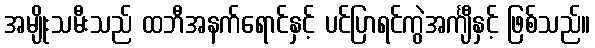
အမျိုးသမီးသည် ထဘီအနက်ရောင်နှင့် ပင်ပြာရင်ကွဲအင်္ကျီနှင့် ဖြစ်သည်။